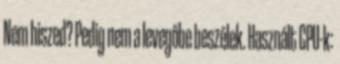
Nem hiszed? Pedig nem a levegőbe beszélek. Használt CPU-k: